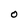
Character: 0